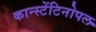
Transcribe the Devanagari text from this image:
कान्स्टेंटिनोपल